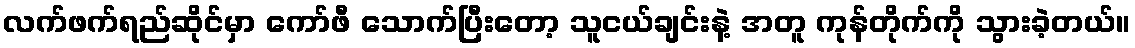
လက်ဖက်ရည်ဆိုင်မှာ ကော်ဖီ သောက်ပြီးတော့ သူငယ်ချင်းနဲ့ အတူ ကုန်တိုက်ကို သွားခဲ့တယ်။